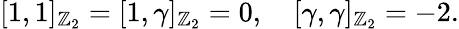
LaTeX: \lbrack1,1\rbrack_{\mathbb{Z}_{2}}=\lbrack1,\gamma\rbrack_{\mathbb{Z}_{2}}=0,\quad\lbrack\gamma,\gamma\rbrack_{\mathbb{Z}_{2}}=-2.